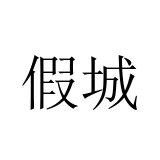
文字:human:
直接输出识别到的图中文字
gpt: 假城